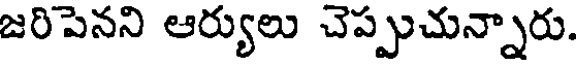
జరిపెనని ఆర్యులు చెప్పుచున్నారు.